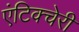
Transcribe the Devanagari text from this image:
एंटिक्चेरी